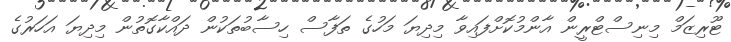
ޓޫރިޒަމް މިނިސްޓްރީން އާންމުކޮށްފައިވާ މިދިޔަ މަހުގެ ތަފާސް ހިސާބުތަކުން ދައްކާގޮތުން މިދިޔަ އަހަރުގެ